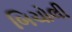
બિચોલી